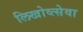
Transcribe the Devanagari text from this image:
लिखोव्त्सेवा